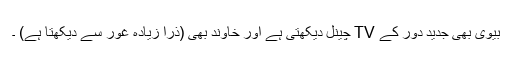
بیوی بھی جدید دور کے TV چینل دیکھتی ہے اور خاوند بھی (ذرا زیادہ غور سے دیکھتا ہے) ۔